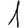
Digit: 1